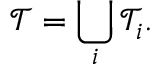
\mathcal { T } = \bigcup _ { i } \mathcal { T } _ { i } .